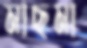
মাছমা